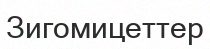
Зигомицеттер